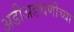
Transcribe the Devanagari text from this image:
अडीअडचणीच्या